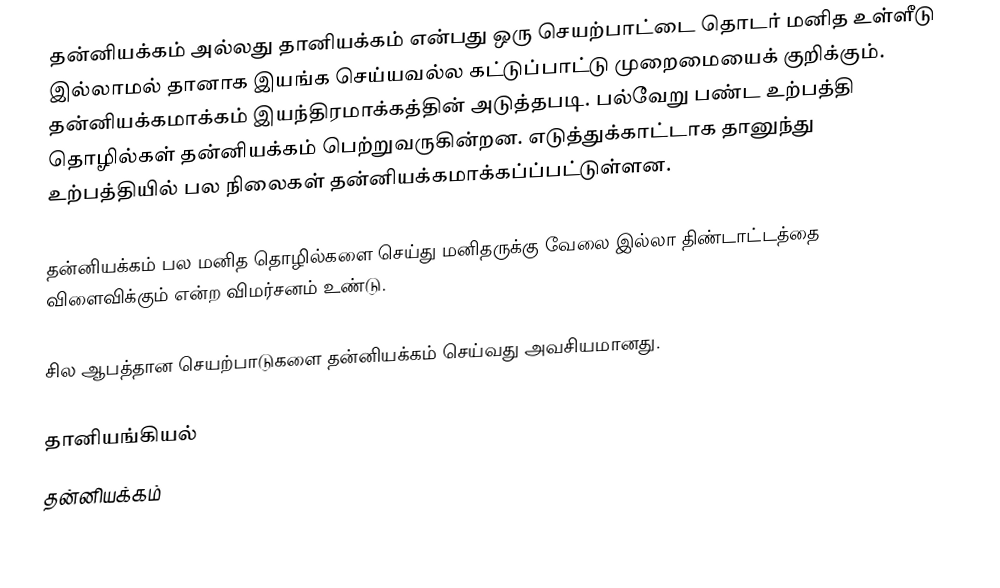
தன்னியக்கம் அல்லது தானியக்கம் என்பது ஒரு செயற்பாட்டை தொடர் மனித உள்ளீடு இல்லாமல் தானாக இயங்க செய்யவல்ல கட்டுப்பாட்டு முறைமையைக் குறிக்கும்.  தன்னியக்கமாக்கம் இயந்திரமாக்கத்தின் அடுத்தபடி. பல்வேறு பண்ட உற்பத்தி தொழில்கள் தன்னியக்கம் பெற்றுவருகின்றன. எடுத்துக்காட்டாக தானுந்து உற்பத்தியில் பல நிலைகள் தன்னியக்கமாக்கப்ப்பட்டுள்ளன.

தன்னியக்கம் பல மனித தொழில்களை செய்து மனிதருக்கு வேலை இல்லா திண்டாட்டத்தை விளைவிக்கும் என்ற விமர்சனம் உண்டு.

சில ஆபத்தான செயற்பாடுகளை தன்னியக்கம் செய்வது அவசியமானது.

தானியங்கியல்
தன்னியக்கம்